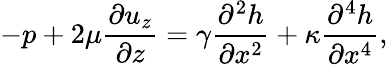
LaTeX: -p+2\mu\frac{\partial u_{z}}{\partial z}=\gamma\frac{\partial^{2}h}{\partial x^{2}}+\kappa\frac{\partial^{4}h}{\partial x^{4}},